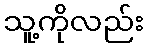
သူ့ကိုလည်း